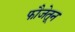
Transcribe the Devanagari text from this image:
फौजेतून